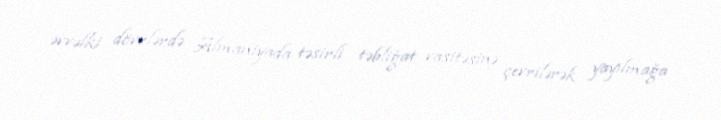
əvvəlki dövrlərdə Almaniyada təsirli təbliğat vasitəsinə çevrilərək yayılmağa